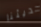
حديثنا